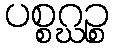
ပစ္စဂ္ဃဉ္စ